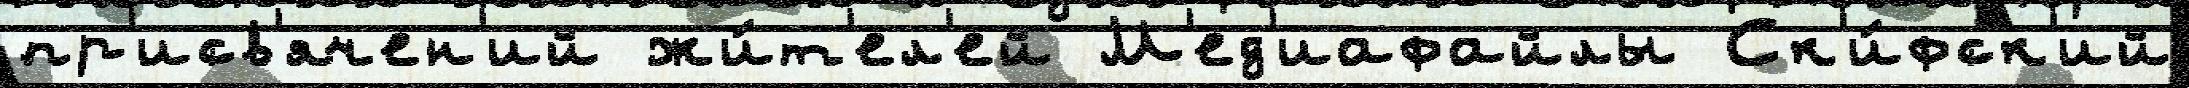
пр'исв'ячен'ий жи́т'ел'ей М'ед'иафайлы Ск'и́фск'ий